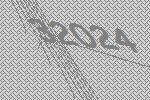
32024